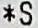
*S